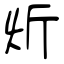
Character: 炘